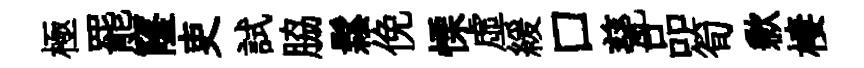
極罷窿吏試脇鬆俛慄虛緩口甆品筍歉棲